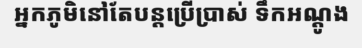
អ្នកភូមិនៅតែបន្តប្រើប្រាស់ ទឹកអណ្តូង